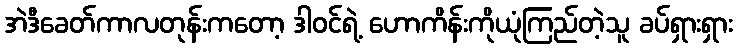
အဲဒီခေတ်ကာလတုန်းကတော့ ဒါဝင်ရဲ့ ဟောကိန်းကိုယုံကြည်တဲ့သူ ခပ်ရှားရှား